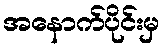
အနောက်ပိုင်းမှ